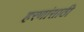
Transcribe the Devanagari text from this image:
हरणांसाठी